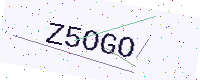
Text: Z5OGO